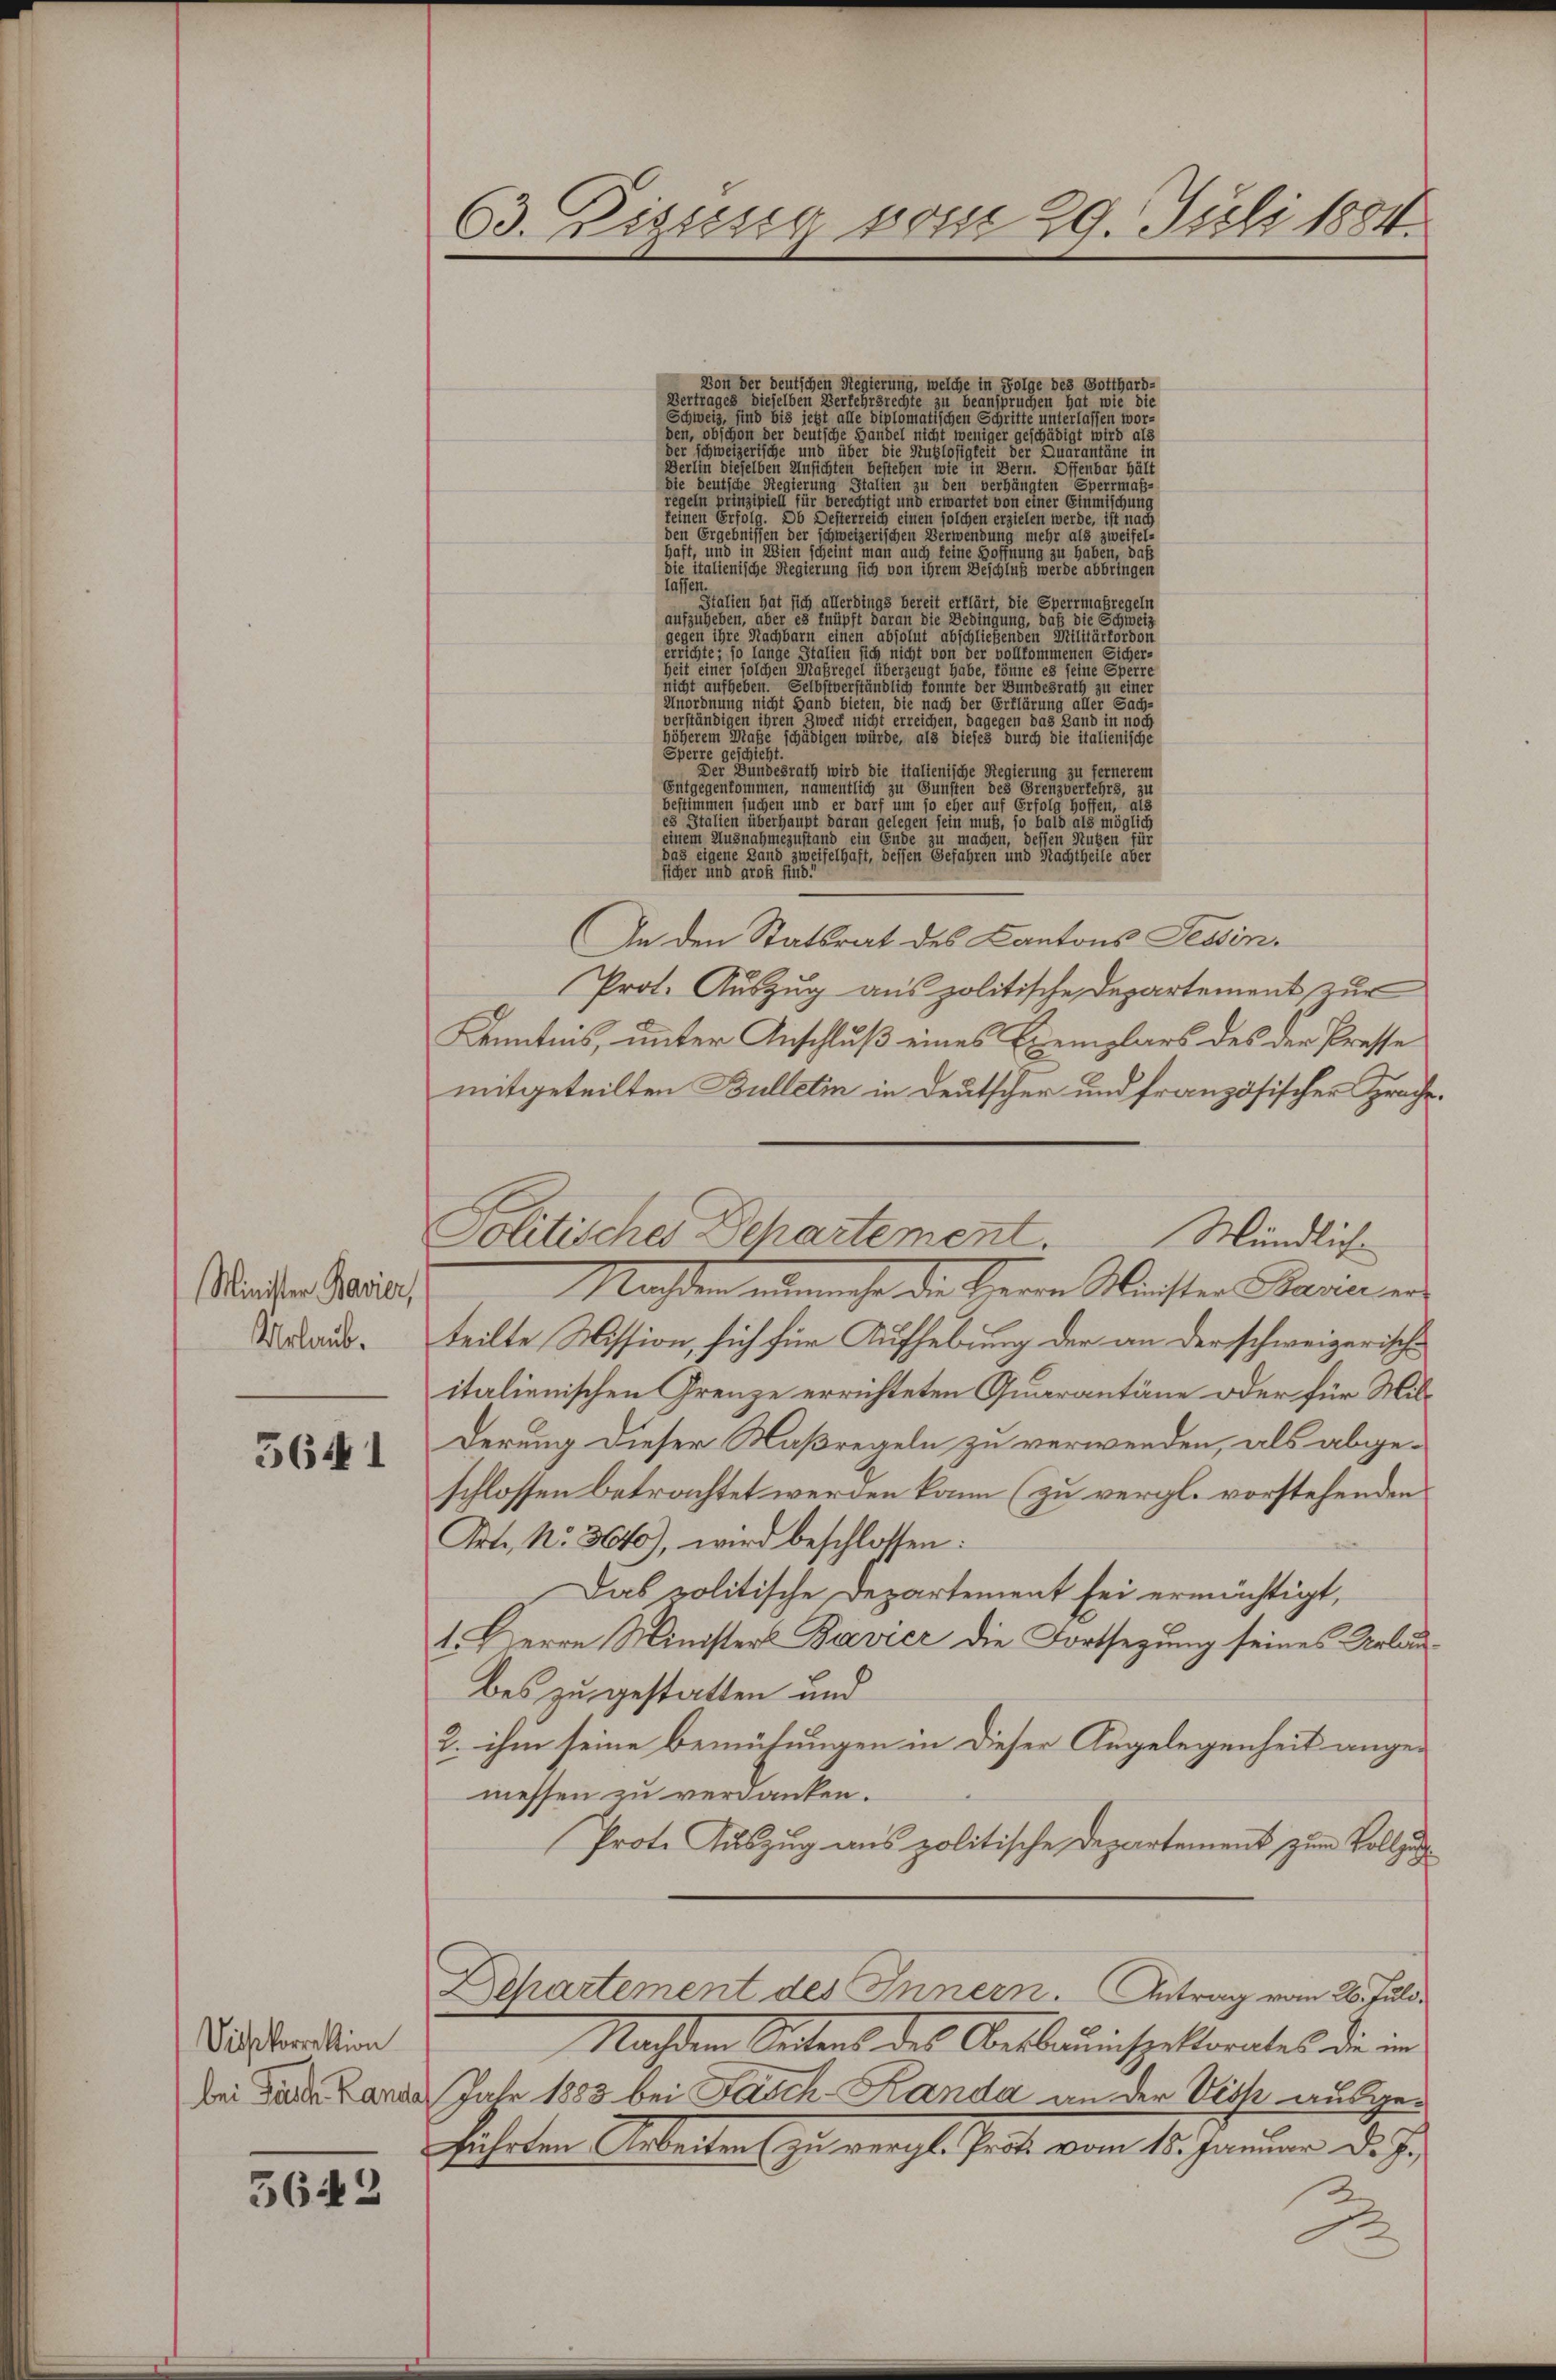
Minister Bavier,
Urlaub.

5641

Visskorrektion

5642

63. Bisung vom 29. Juli 1884.

Vertrages dieselben erkehrsrecht zu beanspruchen hat, wie die

de

                                                      den ergängen vermas
ee eine eine eine einer einen der eine einen einer von einer einigung

den Ergebnissen der Jaweizerischen erwendung nicht als zweifelast, dieser in den sei einen eine einen auch einen einen einigen zu haben, daß
die italienische Regierung sich von ihrem Beschluß werde abbringen
u
talien hat sich allerdings bereit erklärt, die Sperrmaßregeln
auszugeben, aber einer eine er seiner eine einen die Bedingung, dass die er sei ein
gegen eine Nachbarn einen absolut aber eine einen gegen eine eine eine eine
errichte; so lange Stalien sich nicht von der vollkommenen eine
Zeit der an eine eine gegen eine gegen gegen eine
icht aufgeben.
g
dee eine seine einen sei einer einer einen eine erreichen, dagegen das war eine
höherem Masse sich eine liegen werden seine an dieses durch die italienische
Sperre geschicht.
Der Handesrath wird die italienische Regierung zu fernerem
Entgegentoren, namentlichen einen einen einen gegen
besten sie eine einer sie sie er seien auf dieser gegen eine
es eine eine sei einen eine er heute daran gelegen sein müße, so bald als möglich
en
das eigene dann zweifelhaft, dessen Gefahren und Nachtheile aber
siegen und gros sub
In den Statsrat des Kantons Tessin,
Prot. Auszug aus politische Departement zur
Kenntnis, unter Anschluß eines Exemplars des der Presse
mitgeteilten Bulletin in Deutscher und französischer Sprache.
Mündlich-
Machten einmehr die Herrn Richter Parin er
teilte Mission, sich für Aufhebung der an der schweizerische
italienischen Grenze errichteten Quarantäne oder für Milderung dieser Maßregeln zu verwenden, als abgeschlossen betrachtet werden kann (zu vergl. vorstehenden
Art. No. 3640), wird beschlossen:
Das politische Departement bei ermächtigt,
1. Herrn Minister Bavier die Fortsezung seines Urlaubes zu gestatten und
2. ihm seine Bemühungen in dieser Angelegenheit ange-
messen zu verdanken.
Prote Auszug aus politische Departement zum Vollzu¬
Dehartement des Innern. Antrag vom 26. Juli.
Nachdem Unters des Oberbauinsectorates die in
bei Grade Landes Jahr 1883 bei Fasch-Kanda an der Visk ausgeführten Arbeiten zu vergl. Prot vom 15. Januar d. J.
se

Von der deutschen Regierung, welche in Folge des Gotthard-

Solitisches Departement.